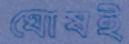
ঘোষই